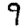
Digit: 9